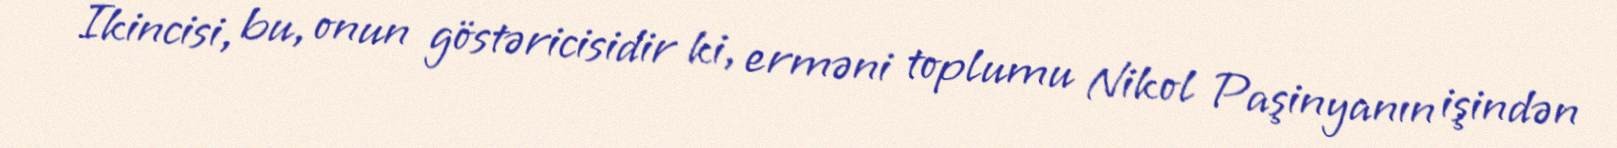
İkincisi, bu, onun göstəricisidir ki, erməni toplumu Nikol Paşinyanın işindən